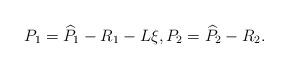
LaTeX: \begin{align*}P_1=\widehat{P}_1-R_1-L\xi,P_2=\widehat{P}_2-R_2.\end{align*}